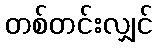
တစ်တင်းလျှင်